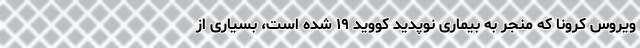
ویروس کرونا که منجر به بیماری نوپدید کووید ۱۹ شده است، بسیاری از